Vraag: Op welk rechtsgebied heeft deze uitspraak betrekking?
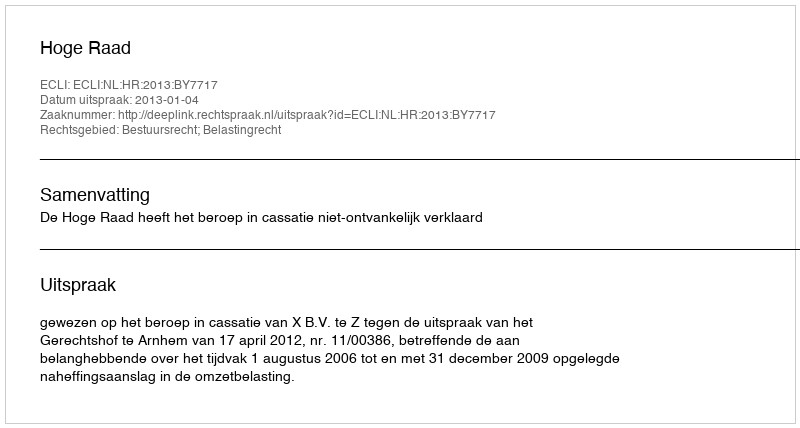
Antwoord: Bestuursrecht; Belastingrecht